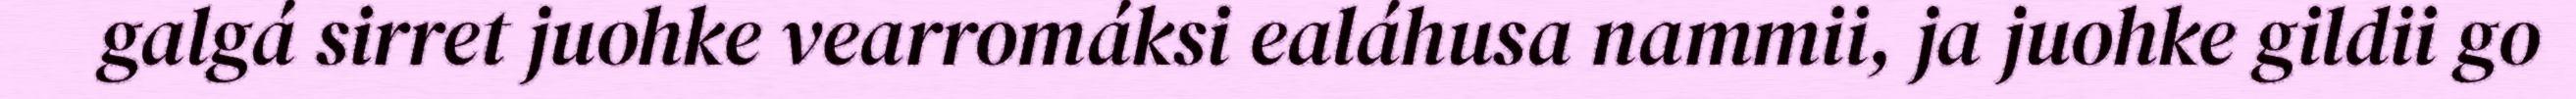
galgá sirret juohke vearromáksi ealáhusa nammii, ja juohke gildii go